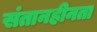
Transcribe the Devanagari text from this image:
संतानहीनता